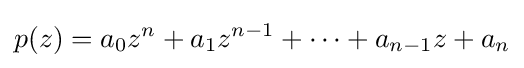
p(z)=a_{0}z^{n}+a_{1}z^{n-1}+\cdots +a_{n-1}z+a_{n}